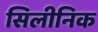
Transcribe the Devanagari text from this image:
सिलीनिक